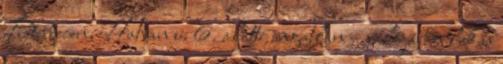
Debrecen, Hatvan u. 6. alatti ingatlan – valójában lakás